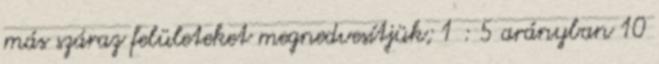
más száraz felületeket megnedvesítjük; 1 : 5 arányban 10